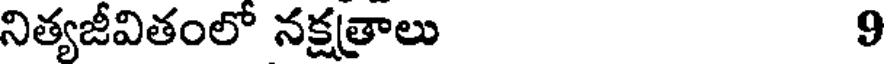
నిత్యజీవితంలో నక్షత్రాలు 9